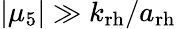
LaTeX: \left|\mu_{5}\right|\gg k_{\mathrm{rh}}/a_{\mathrm{rh}}